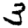
Digit: 3